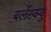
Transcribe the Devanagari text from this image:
बर्लेस्क्यु